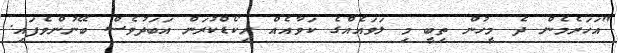
"އަހަރެމެން ދެ މީހުން ތިބީ މި ލަވައެއްގެ ކަވާއެއް ރިކޯޑްކުރަން އަބަދުވެސް ބޭނުންވެފައި.